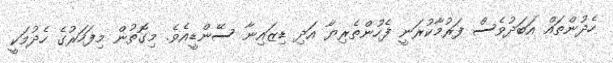
ހެދުންތައް އަބަދުވެސް ފަރުމާކުރަނީ ފެހުންތެރިޔާ އަދި ޑިޒައިނާ ސޭންޑީއެވެ. މިގޮތުން މިފަހަރުގެ ހެދުމަކީ